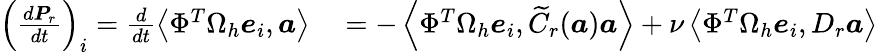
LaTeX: \begin{array}{rl}{\left(\frac{d\boldsymbol{P}_{r}}{dt}\right)_{i}=\frac{d}{dt}\left<\Phi^{T}\Omega_{h}\boldsymbol{e}_{i},\boldsymbol{a}\right>}&{{}=-\left<\Phi^{T}\Omega_{h}\boldsymbol{e}_{i},\widetilde{C}_{r}(\boldsymbol{a})\boldsymbol{a}\right>+\nu\left<\Phi^{T}\Omega_{h}\boldsymbol{e}_{i},D_{r}\boldsymbol{a}\right>}\end{array}